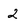
Character: 2